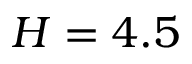
H = 4 . 5